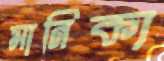
মানিক্য